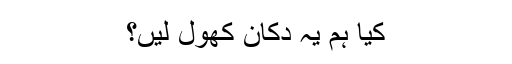
کیا ہم یہ دکان کھول لیں؟